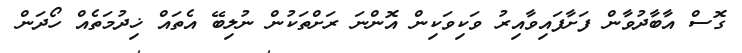
ގޮސް އާބާދުވާން ފަށާފައިވާއިރު ވަކިވަކިން އޮންނަ ރަށްތަކުން ނުލިބޭ އެތައް ޚިދުމަތެއް ހޯދަން